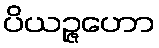
ပိယဉ္ဇဟော